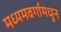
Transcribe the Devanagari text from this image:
मध्यमवर्गामधून